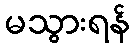
မသွားရန်